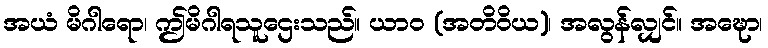
အယံ မိဂါရော၊ ဤမိဂါရသူဌေးသည်။ ယာဝ (အတိဝိယ)၊ အလွန်လျှင်။ အဍ္ဎော၊